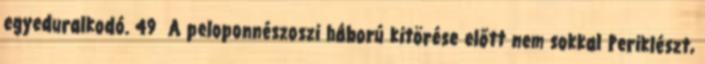
egyeduralkodó. 49 A peloponnészoszi háború kitörése előtt nem sokkal Periklészt,